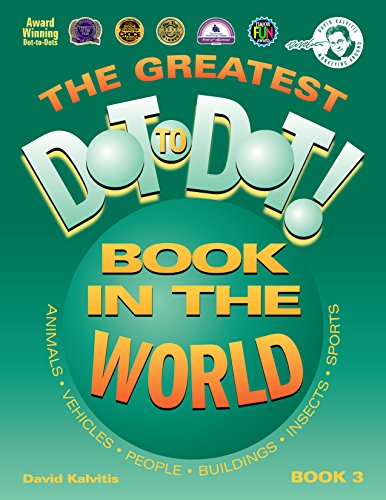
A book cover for The Greatest Dot-to-Dot Book in the World, Book 3; David Kalvitis; Humor & Entertainment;